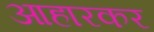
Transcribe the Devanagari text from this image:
आहारकर